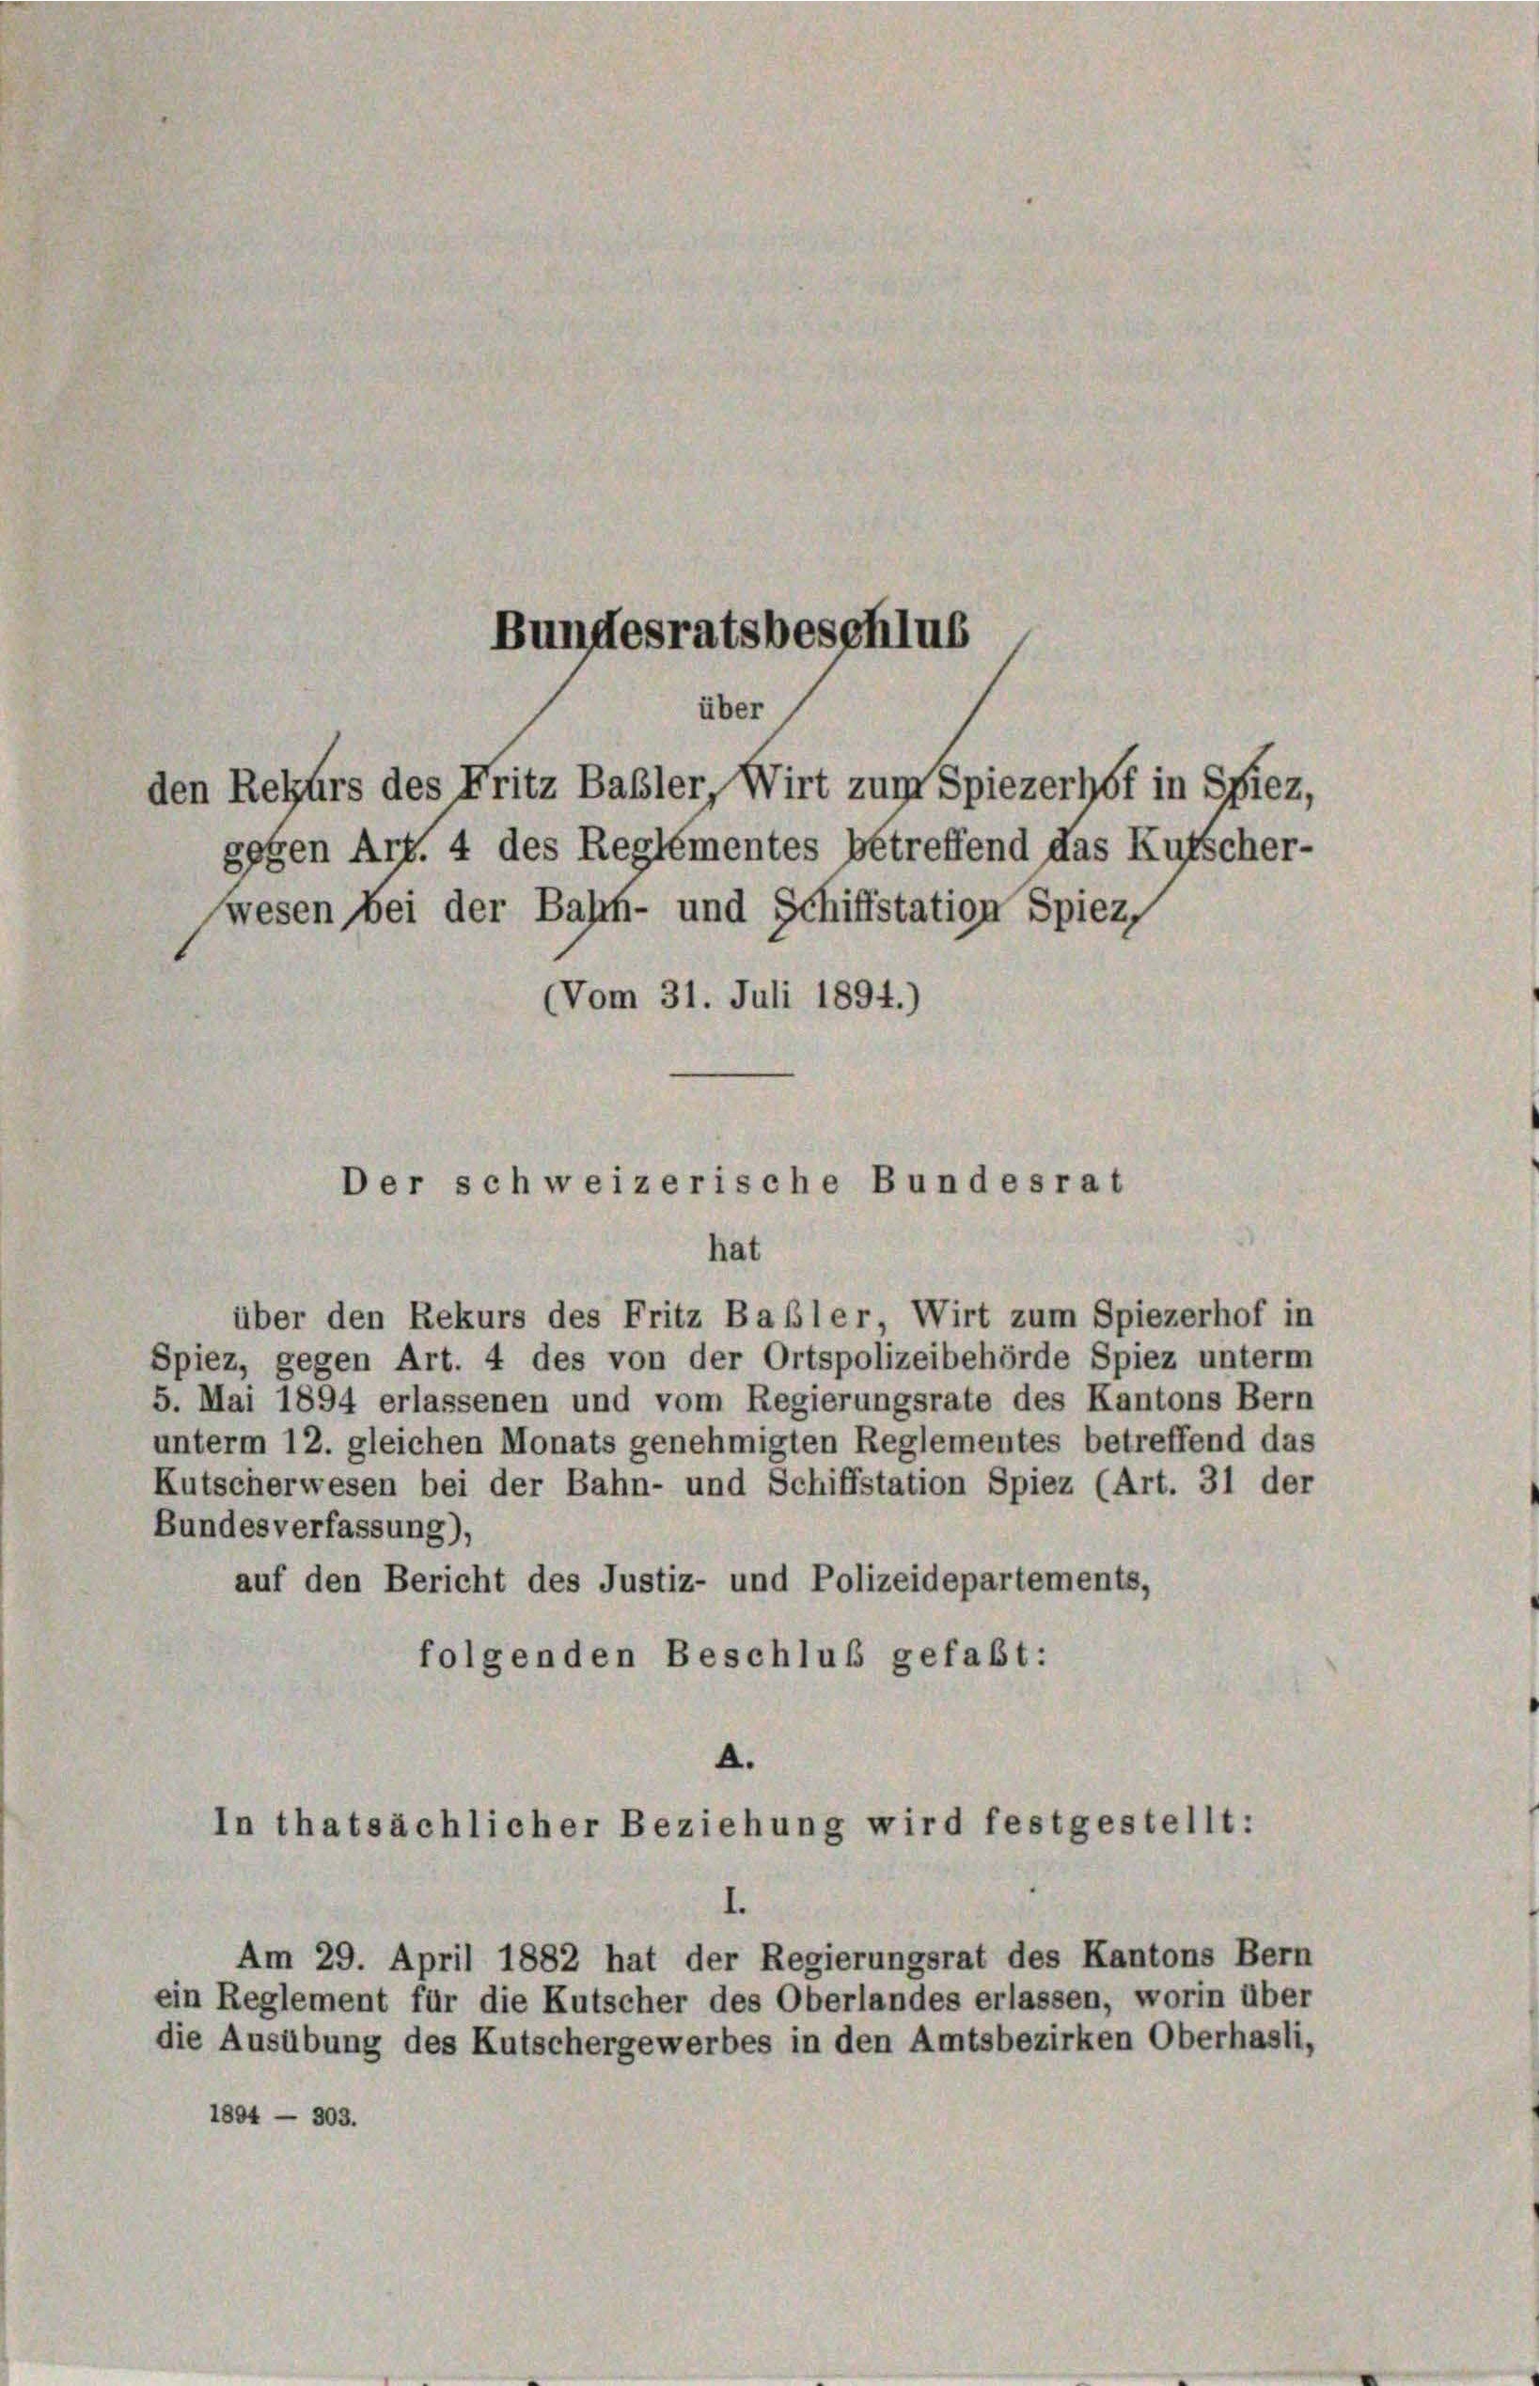
gegen Art. 4 des Reglementes betreffend das Kutscher-
wesen bei der Bahrf- und Schiffstation Spiez,
Vom 31. Juli 1894.)

Bundesratsbeschlus
über
den Rekurs des Fritz Basler, Wirt zum Spiezerhof in Spiez,

Der schweizerische Bundesrat

hat
über den Rekurs des Fritz Basler, Wirt zum Spiezerhof in
Spiez, gegen Art. 4 des von der Ortspolizeibehörde Spiez unterm
5. Mai 1894 erlassenen und vom Regierungsrate des Kantons Bern
unterm 12. gleichen Monats genehmigten Reglementes betreffend das
Kutscherwesen bei der Bahn- und Schiffstation Spiez (Art. 31 der
Bundesverfassung),
auf den Bericht des Justiz- und Polizeidepartements,
folgenden Beschluß gefaßt:
A.

In thatsächlicher Beziehung wird festgestellt:

Am 29. April 1882 hat der Regierungsrat des Kantons Bern
ein Reglement für die Kutscher des Oberlandes erlassen, worin über
die Ausübung des Kutschergewerbes in den Amtsbezirken Oberhasli,
1804 — 303.